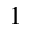
^ 1